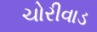
ચોરીવાડ